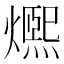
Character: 𤐤